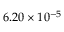
6 . 2 0 \times 1 0 ^ { - 5 }